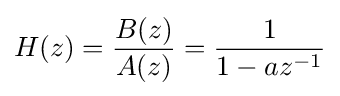
H(z)={\frac {B(z)}{A(z)}}={\frac {1}{1-az^{-1}}}